Annual report of the Punjab Veterinary College and of the Civil Veterinary Department, Punjab - 1909-1919
Year: 1909
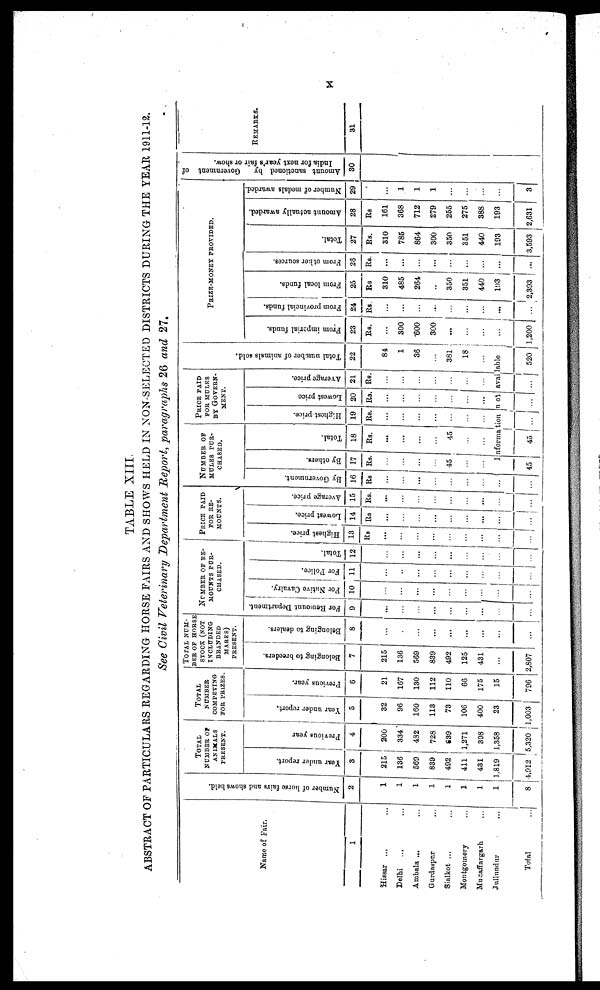
x
TABLE XIII
ABSTRACT OF PARTICULARS REGARDING HORSE FAIRS AND SHOWS HELD IN NON-SELECTED DISTRICTS DURING THE YEAR 1911-12,
See Civil Veterinary Department Report, paragraphs 26 and 27.
Name of Fair.
1
Hissar
...
...
Delhi
...
...
Ambala
...
...
Gurdaspur
...
Sialkot ...
...
Montgomery ...
Muzaffargarh ...
Jullundur
...
Total
...
Number of horse fairs and shows held.
2
1
1
1
1
1
1
1
1
8
TOTAL
NUMBER OF
ANIMALS
PRESENT.
Year under report.
3
215
136
569
839
492
411
431
1,819
4,912
Previous year
4
200
334
432
728
639
1,271
308
1,358
5,320
TOTAL
NUMBER
COMPETING
FOR PRIZES.
Year under report.
5
32
96
160
113
73
106
400
23
1,003
Previous year.
6
21
167
130
112
110
66
175
15
796
TOTAL NUM-
---
OF HORS
STOCK (NOT
INCLUDING
BRANDED
MARES)
PRESENT.
Belonging to breeders.
7
215
136
569
839
492
125
431
...
2,807
Belonging to dealers.
8
...
...
...
...
...
...
...
...
...
NUMBER OF RE-
MOUNTS PUR-
CHASED.
For Remount Department.
9
...
...
...
...
...
...
...
...
...
For Native Cavalry.
10
...
...
...
...
...
...
...
...
....
...
For Police.
11
...
...
...
...
...
...
...
...
...
Total.
12
...
...
...
...
...
...
...
...
...
PRICE PAID
FOR RE-
MOUNTS.
Highest price.
13
Rs
...
...
...
...
...
...
...
...
...
Lowest price.
14
Rs
...
...
...
...
...
...
...
...
...
Average price.
15
Rs.
...
...
...
...
...
...
...
...
...
NUMBER
OF
MULES
PUR-
CHASED.
By Government.
16
Rs
...
...
...
...
...
...
...
...
...
By others.
17
Rs.
...
...
...
...
45
...
...
Total.
18
Rs.
...
...
...
. . .
45
..
...
PRICE PAID
FOR MULES
BY GOVERN-
----.
Highest price.
19
Rs.
...
...
...
...
...
...
...
Lowest price
20
Rs.
...
...
...
...
...
...
...
Average price.
21
Rs.
...
...
...
...
...
...
...
Total number of animals sold.
22
...
84
1
36
...
381
18
...
Information not available
45
45
... ... ... 520
PRIZE-MONEY PROVIDED.
From imperial funds.
23
Rs.
...
300
600
300
...
...
...
...
1,200
From provincial funds.
24
Rs
...
...
...
...
...
...
...
...
...
From local funds.
25
Rs
310
485
264
...
350
351
440
193
2,393
From other sources.
26
Rs.
...
...
...
...
...
...
...
...
...
Total.
27
Rs.
310
785
864
300
350
351
440
193
3,593
Amount actually awarded.
28
Rs
161
368
712
279
255
275
388
193
2,631
Number of medals awarded.
29
...
1
1
1
...
...
...
...
3
Amount sanctioned by
Government of
India for next year's fair or show.
30
REMARKS.
31